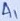
Text: A1